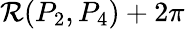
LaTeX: \mathcal{R}(P_{2},P_{4})+2\pi